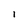
Character: l